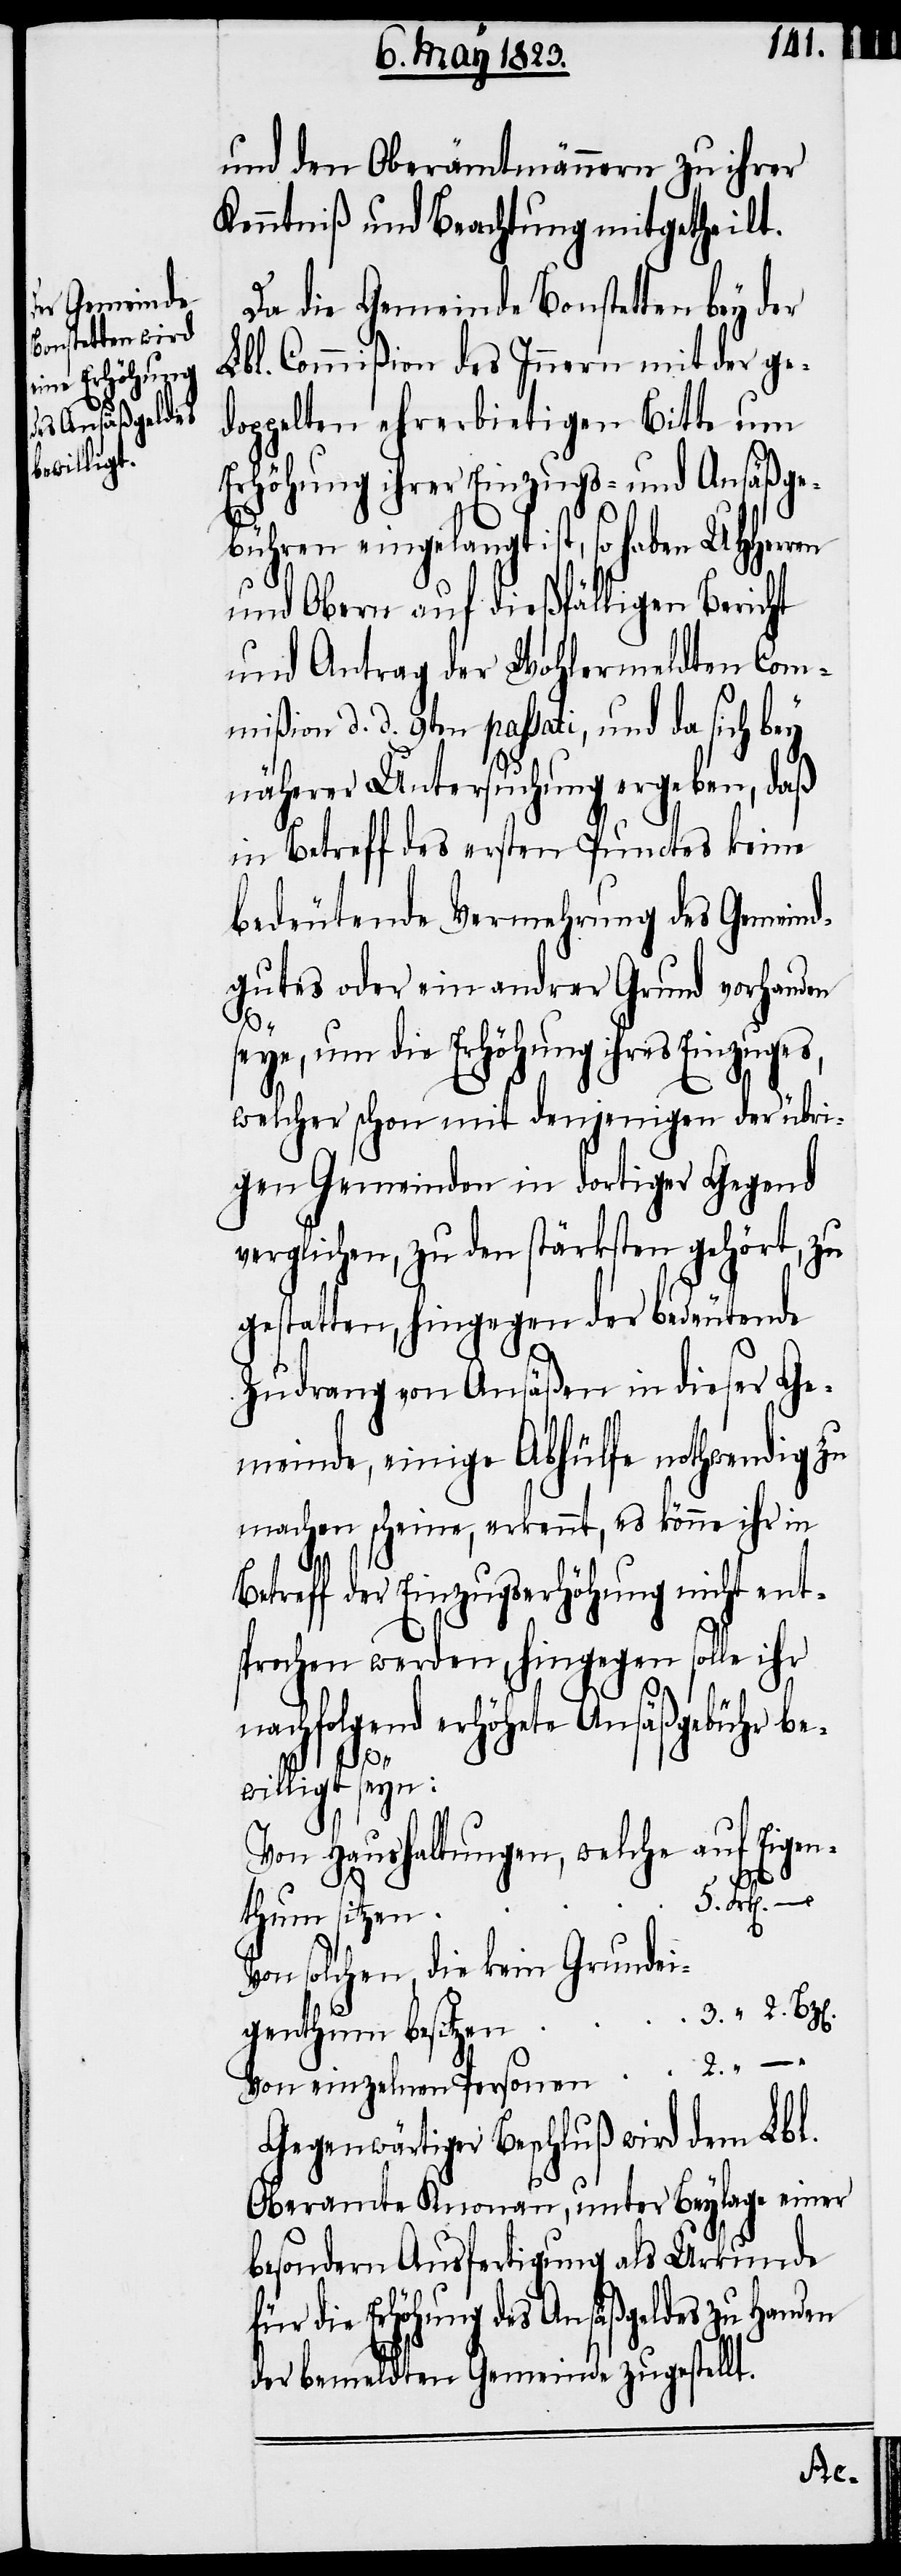
und den Oberämtmännern zu ihrer
Kenntniß und Beachtung mitgetheilt.
Da die Gemeinde Bonstetten bey der
Lbl. Commißion des Innern mit der ge¬
doppelten ehrerbietigen Bitte um
Erhöhung ihrer Einzugs- und Ansäßge¬
bühren eingelangt ist, so haben UHHerren
und Obern auf dießfälligen Bericht
und Antrag der Wohlermeldten Com¬
mißion d. d. 9ten passati, und da sich bey
näherer Untersuchung ergeben, daß
in Betreff des ersten Punctes keine
bedeutende Vermehrung des Gemeind¬
gutes oder ein andrer Grund vorhanden
seye, um die Erhöhung ihres Einzuges,
welcher schon mit denjenigen der übri¬
gen Gemeinden in dortiger Gegend
verglichen, zu den stärksten gehört, zu
gestatten, hingegen der bedeutende
Zudrang von Ansäßen in dieser Ge¬
meinde, einige Abhülfe nothwendig zu
machen scheine, erkennt, es könne ihr in
Betreff der Einzugserhöhung nicht ent¬
sprochen werden, hingegen solle ihr
nachfolgend erhöhete Ansäßgebühr be¬
willigt seyn:
Von Haushaltungen, welche auf Eigen¬
f¬
thum sitzen
Von solchen, die kein Grundei¬
genthum besitzen
Von einzelnen Personen
Gegenwärtiger Beschluß wird dem Lbl.
Oberamte Knonau, unter Beylage einer
besondern Ausfertigung als Urkunde
ür die Erhöhung des Ansäßgeldes zu Handen
der bemeldten Gemeinde zugestellt.